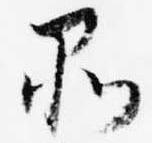
品